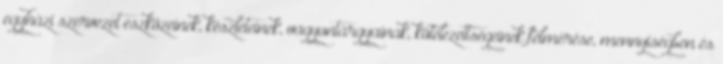
egyházi szervezet eszközeinek, készleteinek, vagyontárgyainak, kötelezettségeinek felmérése, mennyiségben és